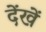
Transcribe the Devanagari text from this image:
देंखें